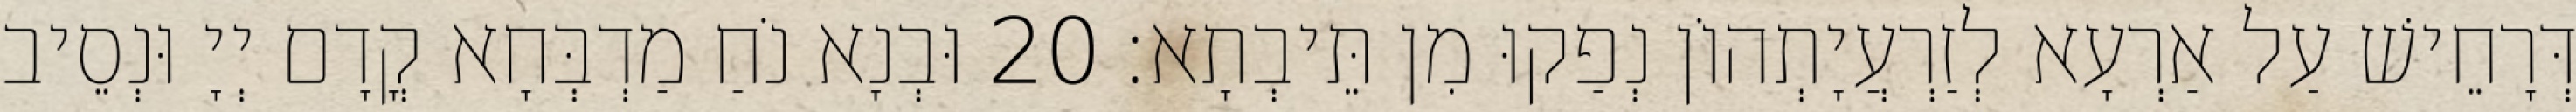
דְּרָחֵישׁ עַל אַרְעָא לְזַרְעֲיָתְהוֹן נְפַקוּ מִן תֵּיבְתָא׃ 20 וּבְנָא נֹחַ מַדְבְּחָא קֳדָם יְיָ וּנְסֵיב